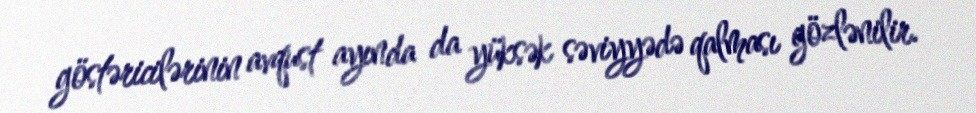
göstəricilərinin avqust ayında da yüksək səviyyədə qalması gözlənilir.